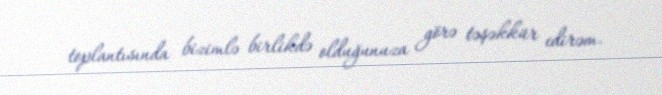
toplantısında bizimlə birlikdə olduğunuza görə təşəkkür edirəm.